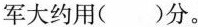
军大约用( )分。